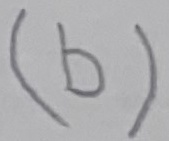
Text: (b)